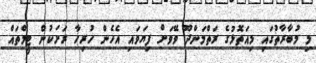
މި މުބާރާތުގައި މިއަތޮޅުގެ ރަތްމަންދޫ ވޭވަށް ފިޔަވައި އެހެން ހުރިހާ ރަށަކުން ޓީމްތައް